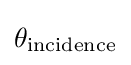
\theta _{\text{incidence}}